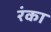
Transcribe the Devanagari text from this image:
रंका